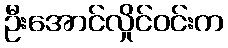
ဦးအောင်လှိုင်ဝင်းက